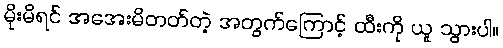
မိုးမိရင် အအေးမိတတ်တဲ့ အတွက်ကြောင့် ထီးကို ယူ သွားပါ။